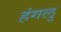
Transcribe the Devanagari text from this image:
हंगलु